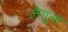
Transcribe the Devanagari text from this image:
लैगूना